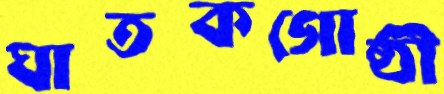
ঘাতকগোষ্ঠী